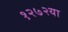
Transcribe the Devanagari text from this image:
१२७२या